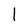
Character: l